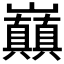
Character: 𭗸